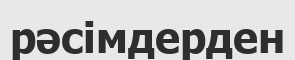
рәсімдерден